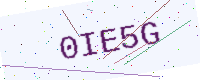
Text: 0IE5G